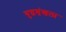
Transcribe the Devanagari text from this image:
युद्धशृंखला